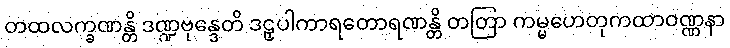
တထလက္ခဏန္တိ ဒဏ္ဍဗုန္ဒေတိ ဒဠှပါကာရတောရဏန္တိ တတြာ ကမ္မဟေတုကထာဝဏ္ဏနာ